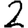
Digit: 2